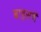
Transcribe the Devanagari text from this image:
बाइसवें